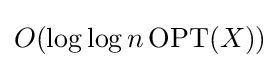
O(\log \log n\operatorname {OPT} (X))